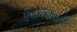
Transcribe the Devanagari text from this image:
ऐलकोहोलेंट